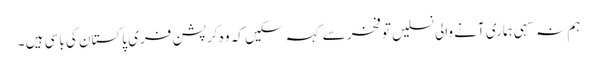
ہم نہ سہی ہماری آنے والی نسلیں توفخر سے کہہ سکیں کہ وہ کرپشن فری پاکستان کی باسی ہیں ۔